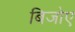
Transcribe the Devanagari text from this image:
बिजोए